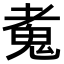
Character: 𩲘